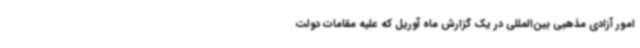
امور آزادی مذهبی بین‌المللی در یک گزارش ماه آوریل که علیه مقامات دولت